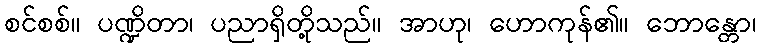
စင်စစ်။ ပဏ္ဍိတာ၊ ပညာရှိတို့သည်။ အာဟု၊ ဟောကုန်၏။ ဘောန္တော၊